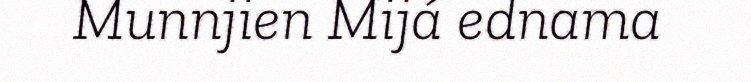
Munnjien Mijá ednama